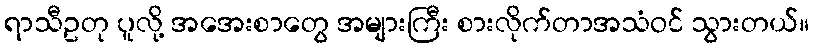
ရာသီဥတု ပူလို့ အအေးစာတွေ အများကြီး စားလိုက်တာအသံဝင် သွားတယ်။